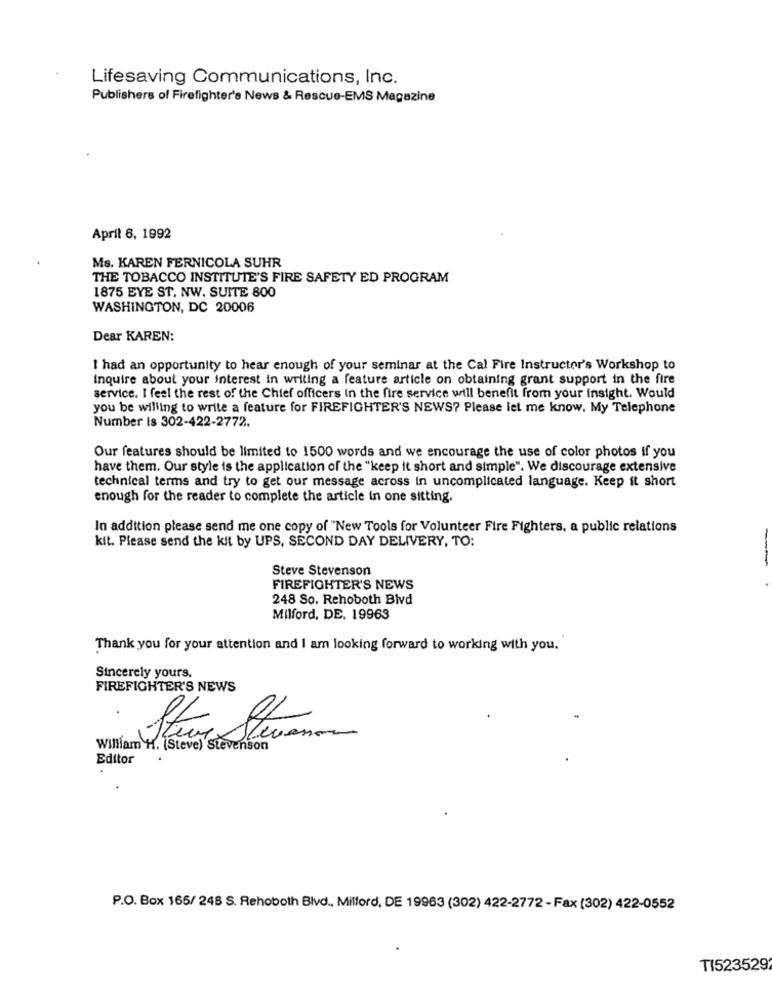
Lifesaving Communications, Inc.
Publishers of Firefighter's News & Rescue-EMS Magazine
April 6, 1992
Ms. KAREN FERNICOLA SUHR
THE TOBACCO INSTITUTE'S FIRE SAFETY ED PROGRAM
1875 EYE ST. NW. SUITE 800
WASHINGTON, DC 20006
Dear KAREN:
I had an opportunity to hear enough of your seminar at the Cal Fire Instructor's Workshop to
Inquire about your interest in writing a feature article on obtaining grant support in the fire
service. I feel the rest of the Chief officers in the fire service will benefit from your insight. Would
you be willing to write a feature for FIREFIGHTER'S NEWS? Please let me know. My Telephone
Number Is 302-422-2772.
Our features should be limited to 1500 words and we encourage the use of color photos if you
have them. Our style is the application of the "keep it short and simple". We discourage extensive
technical terms and try to get our message across in uncomplicated language. Keep it short
enough for the reader to complete the article in one sitting.
In addition please send me one copy of "New Tools for Volunteer Fire Fighters, a public relations
kit. Please send the kit by UPS, SECOND DAY DELIVERY, TO:
Steve Stevenson
FIREFIGHTER'S NEWS
248 So. Rehoboth Blvd
Milford, DE. 19963
Thank you for your attention and I am looking forward to working with you.
Sincerely yours.
FIREFIGHTER'S NEWS
Stur Stramon
William H. (Steve) Stevenson
Editor
P.O. Box 165/ 248 S. Rehoboth Blvd ., Milford, DE 19963 (302) 422-2772 - Fax (302) 422-0552
TI523529